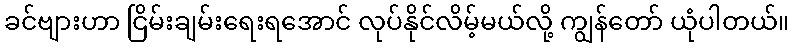
ခင်ဗျားဟာ ငြိမ်းချမ်းရေးရအောင် လုပ်နိုင်လိမ့်မယ်လို့ ကျွန်တော် ယုံပါတယ်။